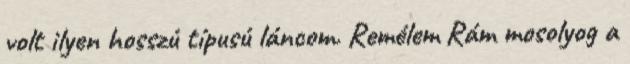
volt ilyen hosszú típusú láncom. Remélem Rám mosolyog a